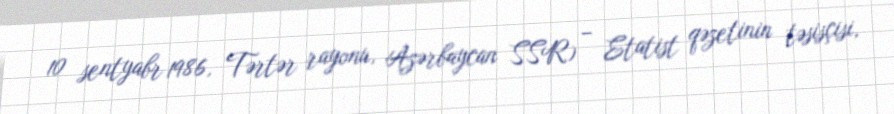
10 sentyabr 1986, Tərtər rayonu, Azərbaycan SSR) – Etatist qəzetinin təsisçisi,